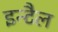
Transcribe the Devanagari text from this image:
इन्टैल